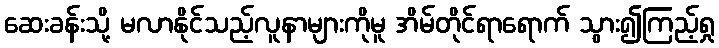
ဆေးခန်းသို့ မလာနိုင်သည့်လူနာများကိုမူ အိမ်တိုင်ရာရောက် သွား၍ကြည့်ရှု